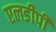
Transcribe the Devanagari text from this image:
एलडीपी